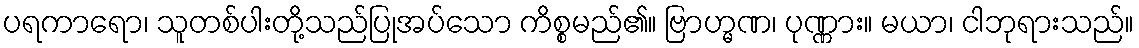
ပရကာရော၊ သူတစ်ပါးတို့သည်ပြုအပ်သော ကိစ္စမည်၏။ ဗြာဟ္မဏ၊ ပုဏ္ဏား။ မယာ၊ ငါဘုရားသည်။